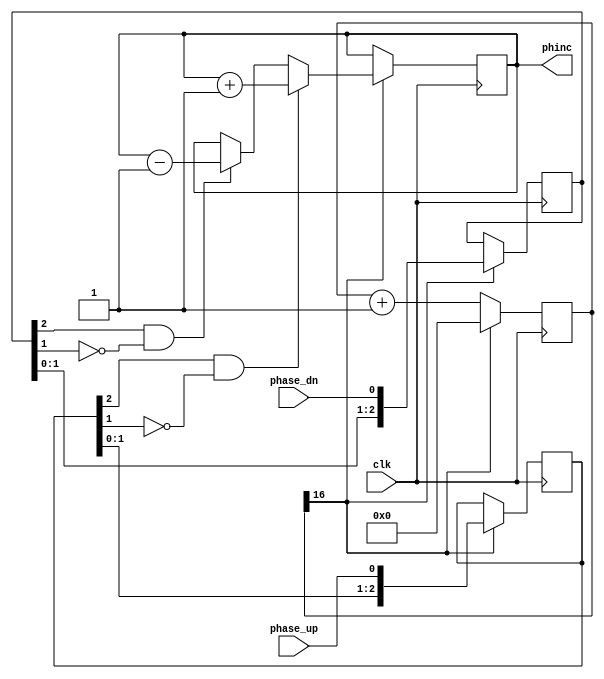
module keyctr
#(parameter DIV_WIDTH=16)
(
	input clk,
	input phase_up, phase_dn,
	output reg [7:0] phinc
);

reg [DIV_WIDTH:0] cntdiv;
reg [2:0] btn_up, btn_dn;
wire detect_up, detect_dn;

// synthesis translate_off
initial 
begin
	cntdiv=0;
	btn_up=0;
	btn_dn=0;
	phinc=0;
end
// synthesis translate_on

always @ (posedge clk)
begin
	if (cntdiv[DIV_WIDTH])
	begin
		cntdiv<=0;
		btn_up<={btn_up[1:0],phase_up};
		btn_dn<={btn_dn[1:0],phase_dn};
		if (detect_up) phinc<=phinc+1;
		else if (detect_dn) phinc<=phinc-1;
	end
	else cntdiv<=cntdiv+1;
end

assign detect_up = btn_up[2]&&!btn_up[1];
assign detect_dn = btn_dn[2]&&!btn_dn[1];

endmodule